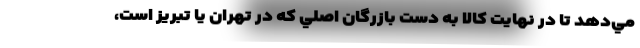
مي‌دهد تا در نهايت كالا به دست بازرگان اصلي كه در تهران يا تبريز است،